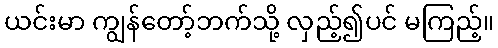
ယင်းမာ ကျွန်တော့်ဘက်သို့ လှည့်၍ပင် မကြည့်။